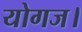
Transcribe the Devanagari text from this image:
योगज।